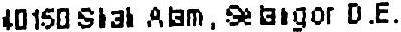
40150 SHAH ALAM, SELANGOR D.E